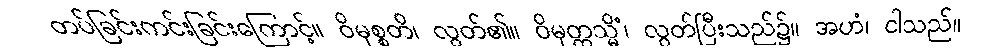
တပ်ခြင်းကင်းခြင်းကြောင့်။ ဝိမုစ္စတိ၊ လွတ်၏။ ဝိမုတ္တသ္မိံ၊ လွတ်ပြီးသည်၌။ အဟံ၊ ငါသည်။